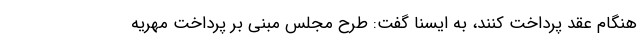
هنگام عقد پرداخت کنند، به ایسنا گفت: طرح مجلس مبنی بر پرداخت مهریه